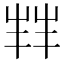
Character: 𫵮